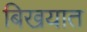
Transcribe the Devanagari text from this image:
बिखयात